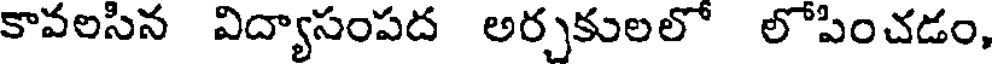
కావలసిన విద్యాసంపద అర్చకులలో లోపించడం,